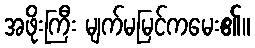
အဖိုးကြီး မျက်မမြင်ကမေး၏။